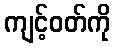
ကျင့်ဝတ်ကို